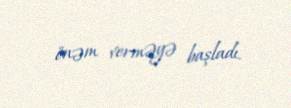
önəm verməyə başladı.